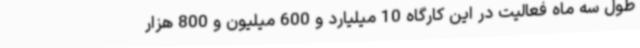
طول سه ماه فعالیت در این کارگاه 10 میلیارد و 600 میلیون و 800 هزار